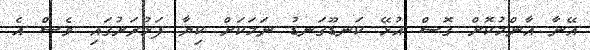
އޭނާ އާންމުކޮށް ގޮސް އުޅޭ ކަނޑޫގަނޑު ނަމަކަށް ކިޔާ ފަޅުރަށުގައި ވެސް އެ